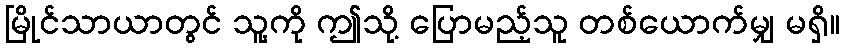
မြိုင်သာယာတွင် သူ့ကို ဤသို့ ပြောမည့်သူ တစ်ယောက်မျှ မရှိ။